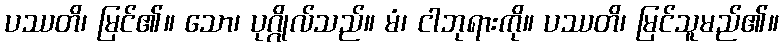
ပဿတိ၊ မြင်၏။ သော၊ ပုဂ္ဂိုလ်သည်။ မံ၊ ငါဘုရားကို။ ပဿတိ၊ မြင်သူမည်၏။